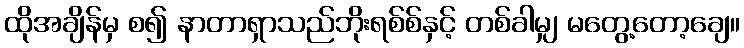
ထိုအချိန်မှ စ၍ နာတာရှာသည်ဘိုးရစ်စ်နှင့် တစ်ခါမျှ မတွေ့တော့ချေ။